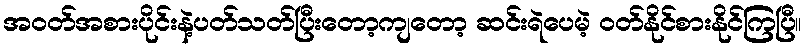
အဝတ်အစားပိုင်းနဲ့ပတ်သတ်ပြီးတော့ကျတော့ ဆင်းရဲပေမဲ့ ဝတ်နိုင်စားနိုင်ကြပြီ။